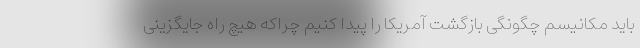
باید مکانیسم چگونگی بازگشت آمریکا را پیدا کنیم چراکه هیچ راه جایگزینی